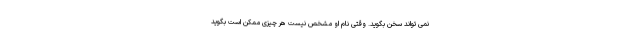
نمی تواند سخن بگوید. وقتی نام او مشخص نیست هر چیزی ممکن است بگوید